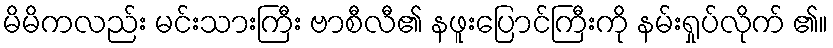
မိမိကလည်း မင်းသားကြီး ဗာစီလီ၏ နဖူးပြောင်ကြီးကို နမ်းရှုပ်လိုက် ၏။